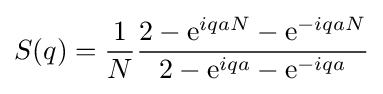
S(q)={\frac {1}{N}}{\frac {2-{\rm {e}}^{iqaN}-{\rm {e}}^{-iqaN}}{2-{\rm {e}}^{iqa}-{\rm {e}}^{-iqa}}}